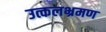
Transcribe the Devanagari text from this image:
उत्कलभ्रमण